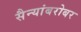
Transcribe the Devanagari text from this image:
सैन्यांबरोबर